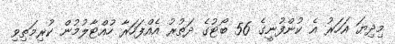
މިދިޔަ އަހަރު އެ ކުންފުނީގެ 56 ބޯޓުގެ ދަތުރު އެއްފަހަރާ ހުއްޓާލުމުން ކުރިމަތިވި